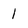
Character: 1